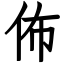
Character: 佈